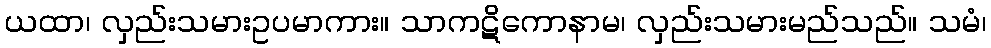
ယထာ၊ လှည်းသမားဥပမာကား။ သာကဋိကောနာမ၊ လှည်းသမားမည်သည်။ သမံ၊